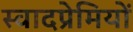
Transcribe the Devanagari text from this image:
स्वादप्रेमियों